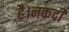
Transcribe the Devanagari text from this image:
है।नकदी